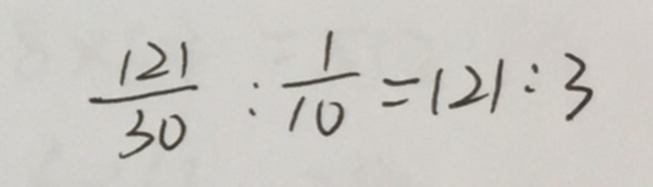
\frac { 1 2 1 } { 3 0 } : \frac { 1 } { 1 0 } = 1 2 1 : 3